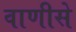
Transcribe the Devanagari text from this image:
वाणीसे